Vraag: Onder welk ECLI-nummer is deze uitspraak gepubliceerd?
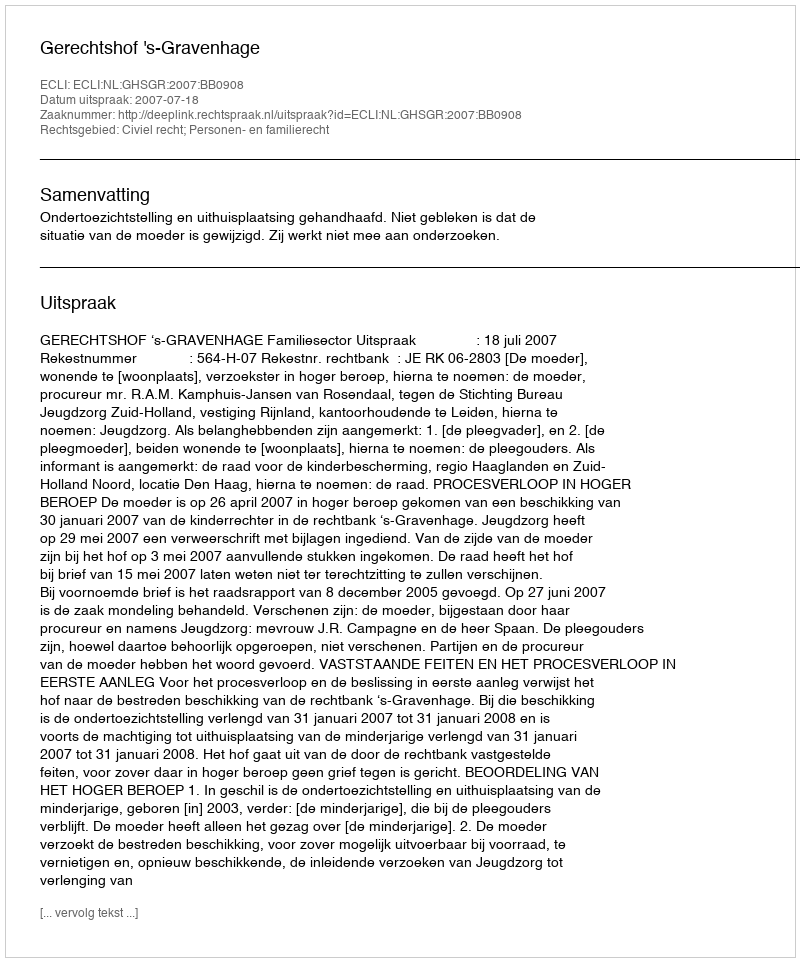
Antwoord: ECLI:NL:GHSGR:2007:BB0908